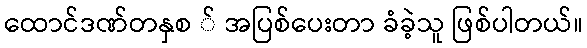
ထောင်ဒဏ်တနှစ ် အပြစ်ပေးတာ ခံခဲ့သူ ဖြစ်ပါတယ်။